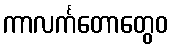
ကာလင်္ကတောတွေဝ